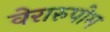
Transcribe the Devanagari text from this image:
वेरारुपोम